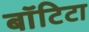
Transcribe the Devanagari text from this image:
बाॅटिटा